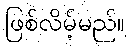
ဖြစ်လိမ့်မည်။